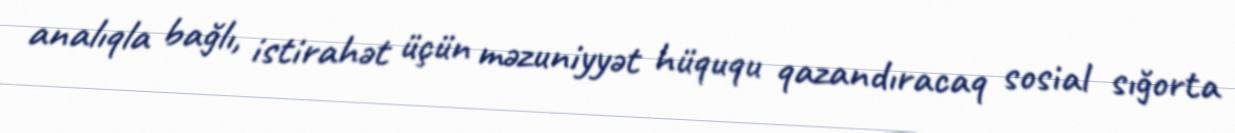
analıqla bağlı, istirahət üçün məzuniyyət hüququ qazandıracaq sosial sığorta